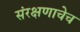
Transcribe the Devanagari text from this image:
संरक्षणाचेच